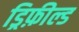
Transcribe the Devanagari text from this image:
ड्रिफ़ील्ड